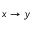
x \rightarrow y